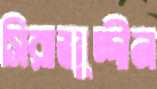
সিরাজুদ্দীন